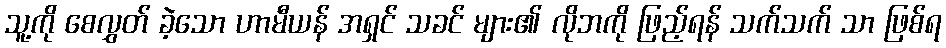
သူ့ကို စေလွှတ် ခဲ့သော ဟာမီယန် အရှင် သခင် များ၏ လိုဘကို ဖြည့်ရန် သက်သက် သာ ဖြစ်ရ